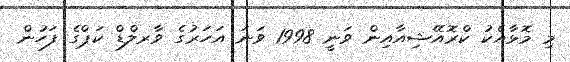
މި މޮޅާއެކު ކްރޮއޭޝިއާއިން ވަނީ 1998 ވަނަ އަހަރުގެ ވާރލްޑް ކަޕްގެ ފަހުން